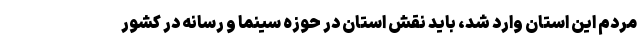
مردم این استان وارد شد، باید نقش استان در حوزه سینما و رسانه در کشور